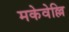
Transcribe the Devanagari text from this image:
मकेवेल्लि